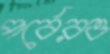
পর্বেরও